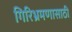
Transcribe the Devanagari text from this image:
गिरिभ्रमणासाठी